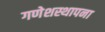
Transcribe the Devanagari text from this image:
गणेशस्थापना